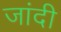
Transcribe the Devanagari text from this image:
जांदी